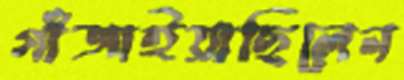
গাঁজাইয়াছিলেন